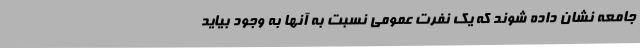
جامعه نشان داده شوند که یک نفرت عمومی نسبت به آنها به ‌وجود بیاید